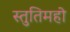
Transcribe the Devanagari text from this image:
स्तुतिमहो